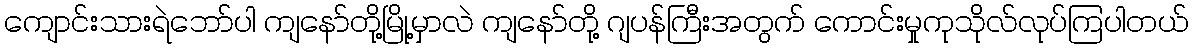
ကျောင်းသားရဲဘော်ပါ ကျနော်တို့မြို့မှာလဲ ကျနော်တို့ ဂျပန်ကြီးအတွက် ကောင်းမှုကုသိုလ်လုပ်ကြပါတယ်